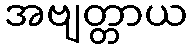
အဗျတ္တာယ